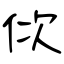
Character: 佽